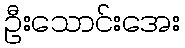
ဦးသောင်းအေး